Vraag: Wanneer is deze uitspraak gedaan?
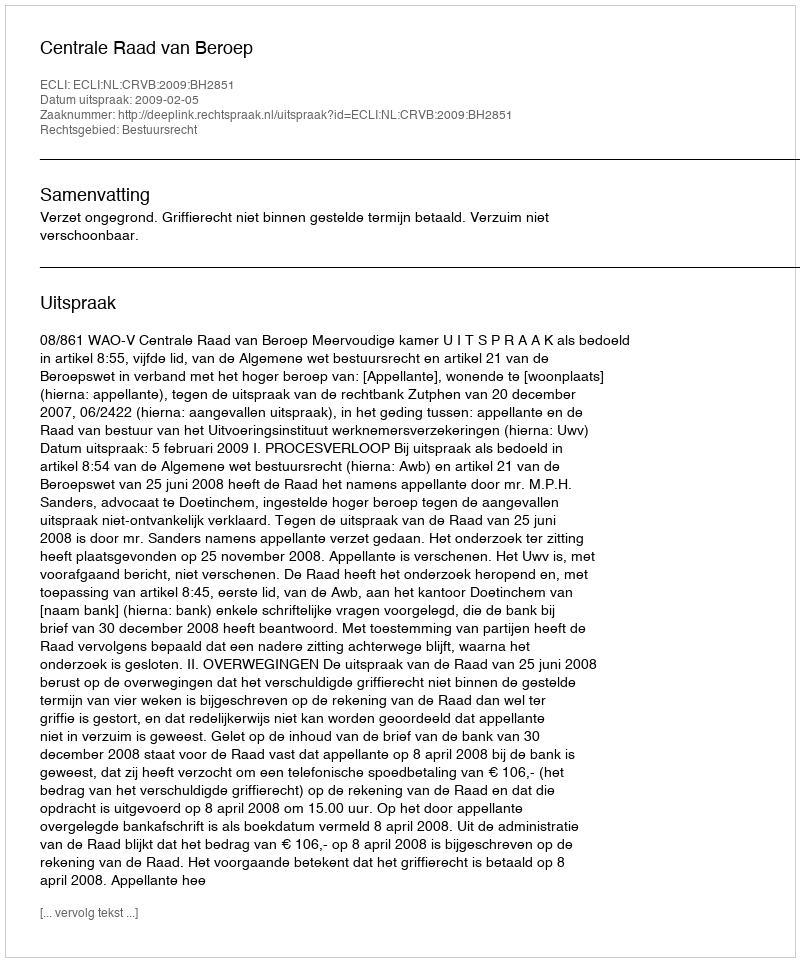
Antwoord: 2009-02-05